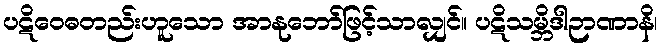
ပဋိဝေဓတည်းဟူသော အာနုဘော်ဖြင့်သာလျှင်။ ပဋိသမ္ဘိဒါဉာဏာနိ၊